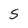
Character: S